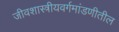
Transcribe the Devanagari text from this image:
जीवशास्त्रीयवर्गमांडणीतील